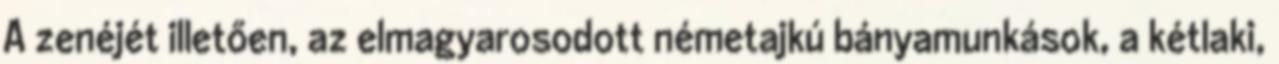
A zenéjét illetően, az elmagyarosodott németajkú bányamunkások, a kétlaki,